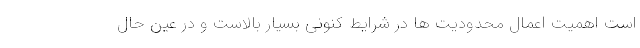
است اهمیت اعمال محدودیت ها در شرایط کنونی بسیار بالاست و در عین حال